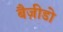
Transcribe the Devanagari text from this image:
बैज़ीडो